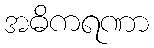
အဓိကရဏာ